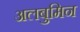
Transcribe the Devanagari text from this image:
अलबुमिन